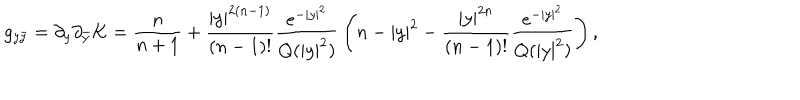
LaTeX: g _ { y \bar { y } } = \partial _ { y } \partial _ { \bar { y } } K = \frac n { n + 1 } + { \frac { | y | ^ { 2 ( n - 1 ) } } { ( n - 1 ) ! } } { \frac { e ^ { - | y | ^ { 2 } } } { Q ( | y | ^ { 2 } ) } } \left( n - | y | ^ { 2 } - { \frac { | y | ^ { 2 n } } { ( n - 1 ) ! } } { \frac { e ^ { - | y | ^ { 2 } } } { Q ( | y | ^ { 2 } ) } } \right) ,